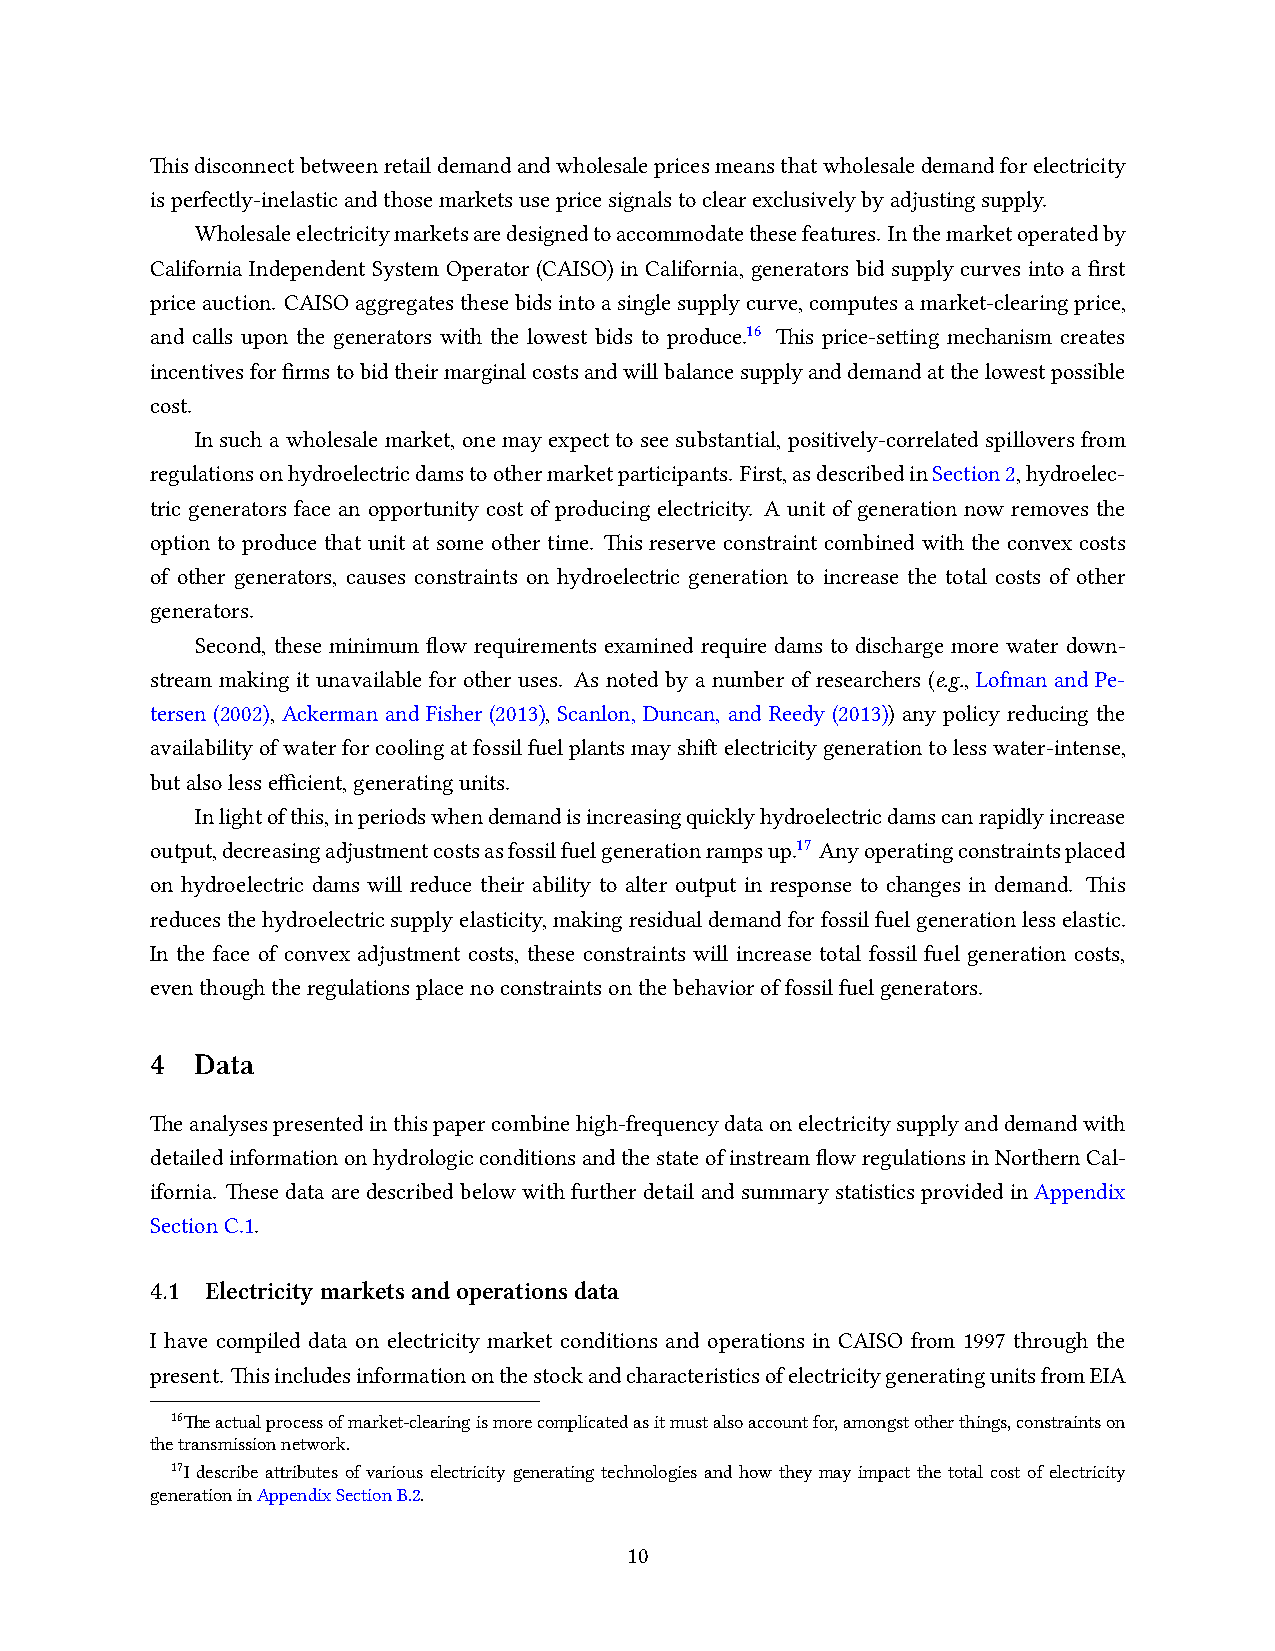
Thisdisconnectbetweenretaildemandandwholesalepricesmeansthatwholesaledemandforelectricity
 isperfectly-inelasticandthosemarketsusepricesignalstoclearexclusivelybyadjustingsupply.
 Wholesaleelectricitymarketsaredesignedtoaccommodatethesefeatures. Inthemarketoperatedby
 California Independent System Operator (CAISO) in California, generators bid supply curves into a first
 priceauction. CAISOaggregatesthesebidsintoasinglesupplycurve,computesamarket-clearingprice,
 and calls upon the generators with the lowest bids to produce.16 This price-setting mechanism creates
 incentivesforfirmstobidtheirmarginalcostsandwillbalancesupplyanddemandatthelowestpossible
 cost.
 In such a wholesale market, one may expect to see substantial, positively-correlated spillovers from
 regulationsonhydroelectricdamstoothermarketparticipants. First,asdescribedinSection2,hydroelec-
 tric generators face an opportunity cost of producing electricity. A unit of generation now removes the
 option to produce that unit at some other time. This reserve constraint combined with the convex costs
 of other generators, causes constraints on hydroelectric generation to increase the total costs of other
 generators.
 Second, these minimum flow requirements examined require dams to discharge more water down-
 stream making it unavailable for other uses. As noted by a number of researchers (e.g., Lofman and Pe-
 tersen (2002), Ackerman and Fisher (2013), Scanlon, Duncan, and Reedy (2013)) any policy reducing the
 availabilityofwaterforcoolingatfossilfuelplantsmayshiftelectricitygenerationtolesswater-intense,
 butalsolessefficient,generatingunits.
 Inlightofthis,inperiodswhendemandisincreasingquicklyhydroelectricdamscanrapidlyincrease
 output,decreasingadjustmentcostsasfossilfuelgenerationrampsup.17 Anyoperatingconstraintsplaced
 on hydroelectric dams will reduce their ability to alter output in response to changes in demand. This
 reducesthehydroelectricsupplyelasticity,makingresidualdemandforfossilfuelgenerationlesselastic.
 In the face of convex adjustment costs, these constraints will increase total fossil fuel generation costs,
 eventhoughtheregulationsplacenoconstraintsonthebehavioroffossilfuelgenerators.
 4  Data
 Theanalysespresentedinthispapercombinehigh-frequencydataonelectricitysupplyanddemandwith
 detailedinformationonhydrologicconditionsandthestateofinstreamflowregulationsinNorthernCal-
 ifornia. ThesedataaredescribedbelowwithfurtherdetailandsummarystatisticsprovidedinAppendix
 SectionC.1.
 4.1 Electricitymarketsandoperationsdata
 I have compiled data on electricity market conditions and operations in CAISO from 1997 through the
 present. ThisincludesinformationonthestockandcharacteristicsofelectricitygeneratingunitsfromEIA
 16Theactualprocessofmarket-clearingismorecomplicatedasitmustalsoaccountfor,amongstotherthings,constraintson
 thetransmissionnetwork.
 17I describe attributes of various electricity generating technologies and how they may impact the total cost of electricity
 generationinAppendixSectionB.2.
 10